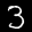
Label: 3